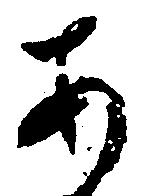
あ